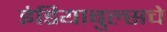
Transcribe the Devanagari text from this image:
इंडियाबुल्सचे